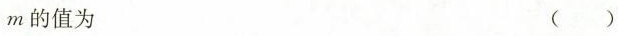
m的值为 ()